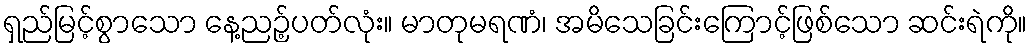
ရှည်မြင့်စွာသော နေ့ညဉ့်ပတ်လုံး။ မာတုမရဏံ၊ အမိသေခြင်းကြောင့်ဖြစ်သော ဆင်းရဲကို။